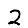
Digit: 2